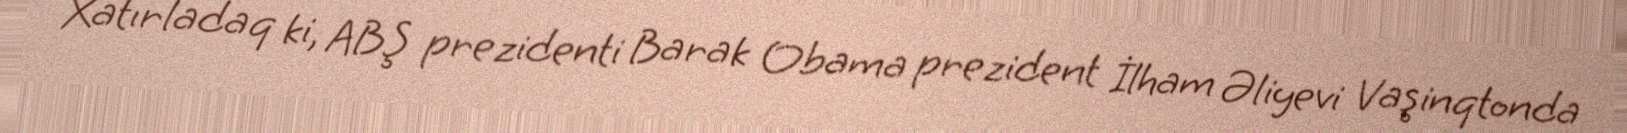
Xatırladaq ki, ABŞ prezidenti Barak Obama prezident İlham Əliyevi Vaşinqtonda